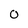
Character: 0